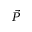
\vec { P }